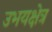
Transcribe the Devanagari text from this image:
उभयक्षेत्र